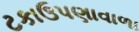
ટકાઉપણાવાળા